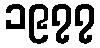
၁၉၇၇